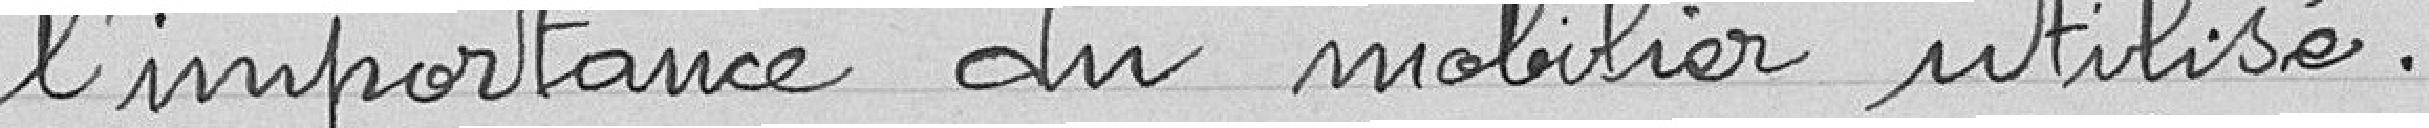
l'importance du mobilier utilisé.